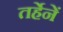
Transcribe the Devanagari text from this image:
तर्हेनें